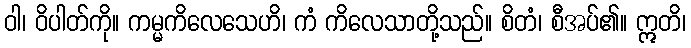
ဝါ၊ ဝိပါတ်ကို။ ကမ္မကိလေသေဟိ၊ ကံ ကိလေသာတို့သည်။ စိတံ၊ စီအပ်၏။ ဣတိ၊